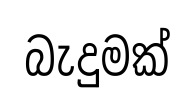
බැදුමක්